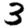
Digit: 3